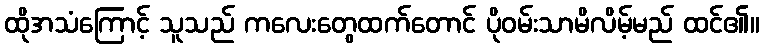
ထိုအသံကြောင့် သူသည် ကလေးတွေထက်တောင် ပိုဝမ်းသာမိလိမ့်မည် ထင်၏။